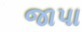
જાપા